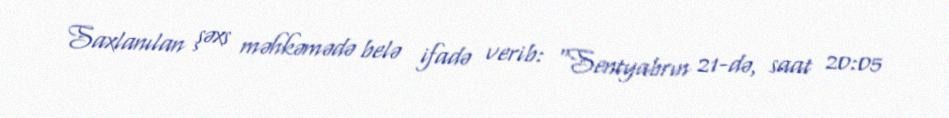
Saxlanılan şəxs məhkəmədə belə ifadə verib: “Sentyabrın 21-də, saat 20:05